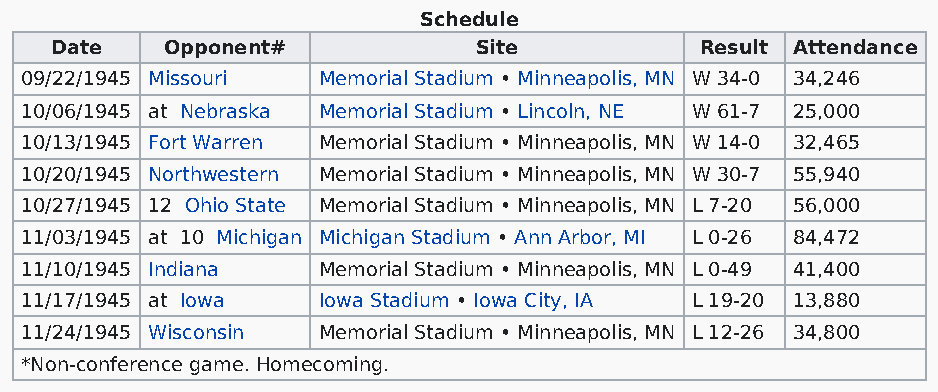
Schedule
 Date    Opponent#           Site           Result Attendance
 09/22/1945 Missouri Memorial Stadium • Minneapolis, MN W 34-0 34,246
 10/06/1945 at Nebraska Memorial Stadium • Lincoln, NE W 61-7 25,000
 10/13/1945 Fort Warren Memorial Stadium • Minneapolis, MN W 14-0 32,465
 10/20/1945 Northwestern Memorial Stadium • Minneapolis, MN W 30-7 55,940
 10/27/1945 12 Ohio State Memorial Stadium • Minneapolis, MN L 7-20 56,000
 11/03/1945 at 10 Michigan Michigan Stadium • Ann Arbor, MI L 0-26 84,472
 11/10/1945 Indiana  Memorial Stadium • Minneapolis, MN L 0-49 41,400
 11/17/1945 at Iowa  Iowa Stadium • Iowa City, IA L 19-20 13,880
 11/24/1945 Wisconsin Memorial Stadium • Minneapolis, MN L 12-26 34,800
 *Non-conference game. Homecoming.